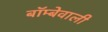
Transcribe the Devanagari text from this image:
बॉम्बेवाली